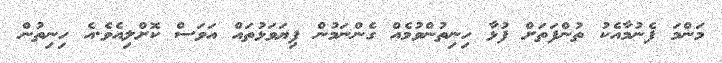
މަންމަ ފެނުމާއެކު ތުންފަތަށް ފުޅާ ހިނިތުންވުމެއް ގެންނަމުން ފިޔަވަޅުތައް އަވަސް ކޮށްލިއެވެ.އެ ހިނިތުން